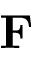
\mathbf { F }